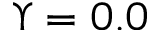
\Upsilon = 0 . 0